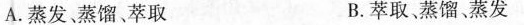
A.蒸发、蒸馏、萃取 B.萃取、蒸馏、蒸发